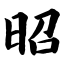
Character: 昭